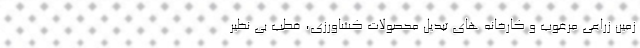
زمین زراعی مرغوب و کارخانه های تبدیل محصولات کشاورزی، قطب بی نظیر